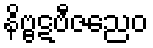
နိဗ္ဗဋဗီဇညေဝ